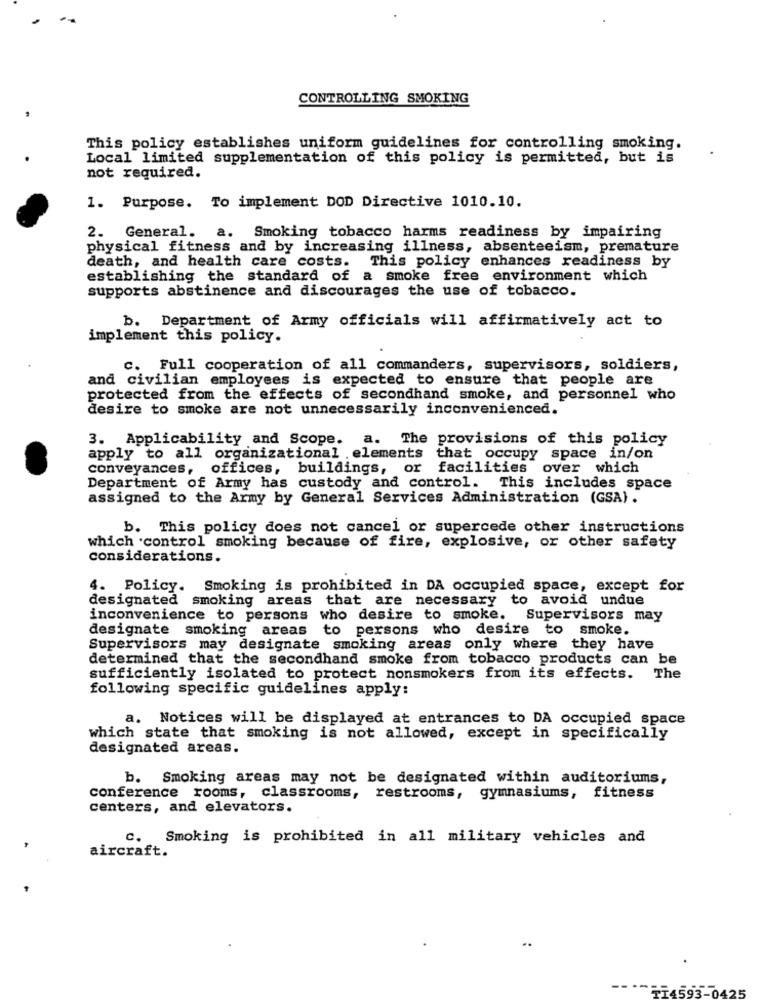
CONTROLLING SMOKING
This policy establishes uniform guidelines for controlling smoking.
Local limited supplementation of this policy is permitted, but is
not required.
1. Purpose. To implement DOD Directive 1010.10.
2. General. a. Smoking tobacco harms readiness by impairing
physical fitness and by increasing illness, absenteeism, premature
death, and health care costs. This policy enhances readiness by
establishing the standard of a smoke free environment which
supports abstinence and discourages the use of tobacco.
b. Department of Army officials will affirmatively act to
implement this policy.
c. Full cooperation of all commanders, supervisors, soldiers,
and civilian employees is expected to ensure that people are
protected from the effects of secondhand smoke, and personnel who
desire to smoke are not unnecessarily inconvenienced.
3. Applicability and Scope. a. The provisions of this policy
apply to all organizational . elements that occupy space in/on
conveyances, offices, buildings, or facilities over which
Department of Army has custody and control. This includes space
assigned to the Army by General Services Administration (GSA).
b. This policy does not cancel or supercede other instructions
which .control smoking because of fire, explosive, or other safety
considerations.
4. Policy. Smoking is prohibited in DA occupied space, except for
designated smoking areas that are necessary to avoid undue
inconvenience to persons who desire to smoke. Supervisors may
designate smoking areas to persons who desire to smoke.
Supervisors may designate smoking areas only where they have
determined that the secondhand smoke from tobacco products can be
sufficiently isolated to protect nonsmokers from its effects. The
following specific guidelines apply:
a. Notices will be displayed at entrances to DA occupied space
which state that smoking is not allowed, except in specifically
designated areas.
b. Smoking areas may not be designated within auditoriums,
conference rooms, classrooms, restrooms, gymnasiums, fitness
centers, and elevators.
c.
Smoking is prohibited in all military vehicles and
aircraft.
1593